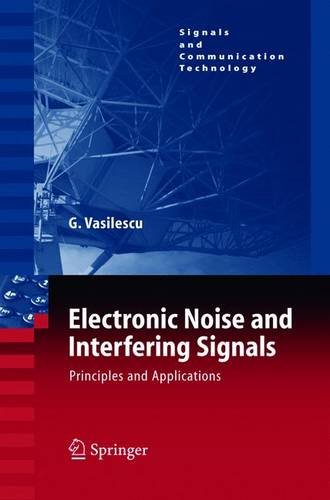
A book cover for Electronic Noise and Interfering Signals: Principles and Applications; Gabriel Vasilescu; Science & Math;